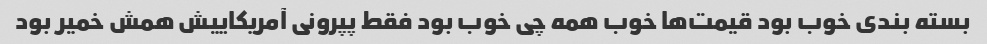
بسته بندی خوب بود قیمت‌ها خوب همه چی خوب بود فقط پپرونی آمریکاییش همش خمیر بود